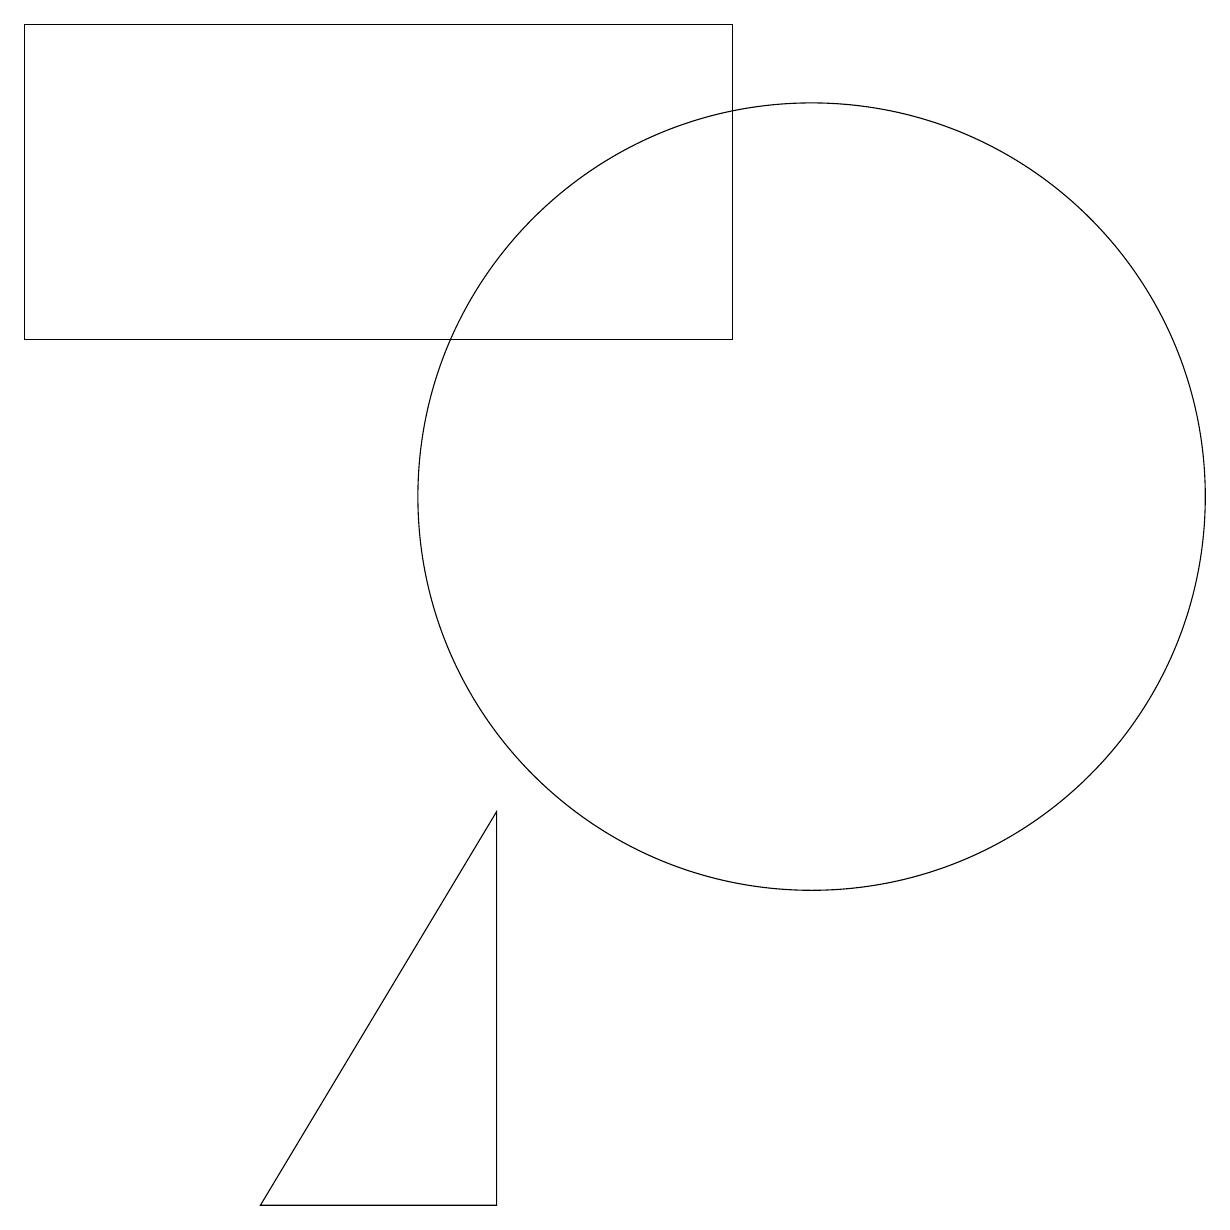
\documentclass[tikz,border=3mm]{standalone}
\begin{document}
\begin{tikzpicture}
\draw (11,11) circle (0);
\draw (10,12) circle (5);
\draw (9,14) rectangle (0,18);
\draw (6,3) -- (6,8) -- (3,3) -- cycle;
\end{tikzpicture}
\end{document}